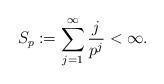
LaTeX: \begin{align*}S_p:=\sum_{j=1}^\infty\frac{j}{p^j}<\infty.\end{align*}